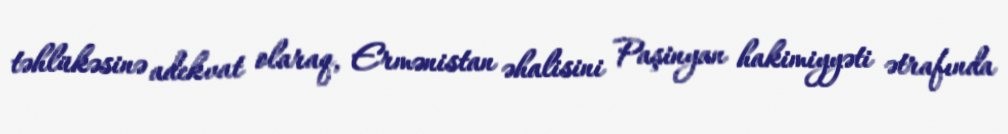
təhlükəsinə adekvat olaraq, Ermənistan əhalisini Paşinyan hakimiyyəti ətrafında